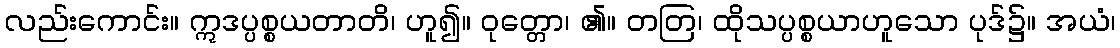
လည်းကောင်း။ ဣဒပ္ပစ္စယတာတိ၊ ဟူ၍။ ဝုတ္တော၊ ၏။ တတြ၊ ထိုသပ္ပစ္စယာဟူသော ပုဒ်၌။ အယံ၊